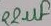
Text: 22µF